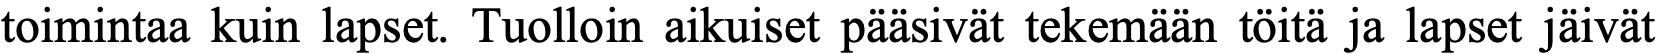
toimintaa kuin lapset. Tuolloin aikuiset pääsivät tekemään töitä ja lapset jäivät